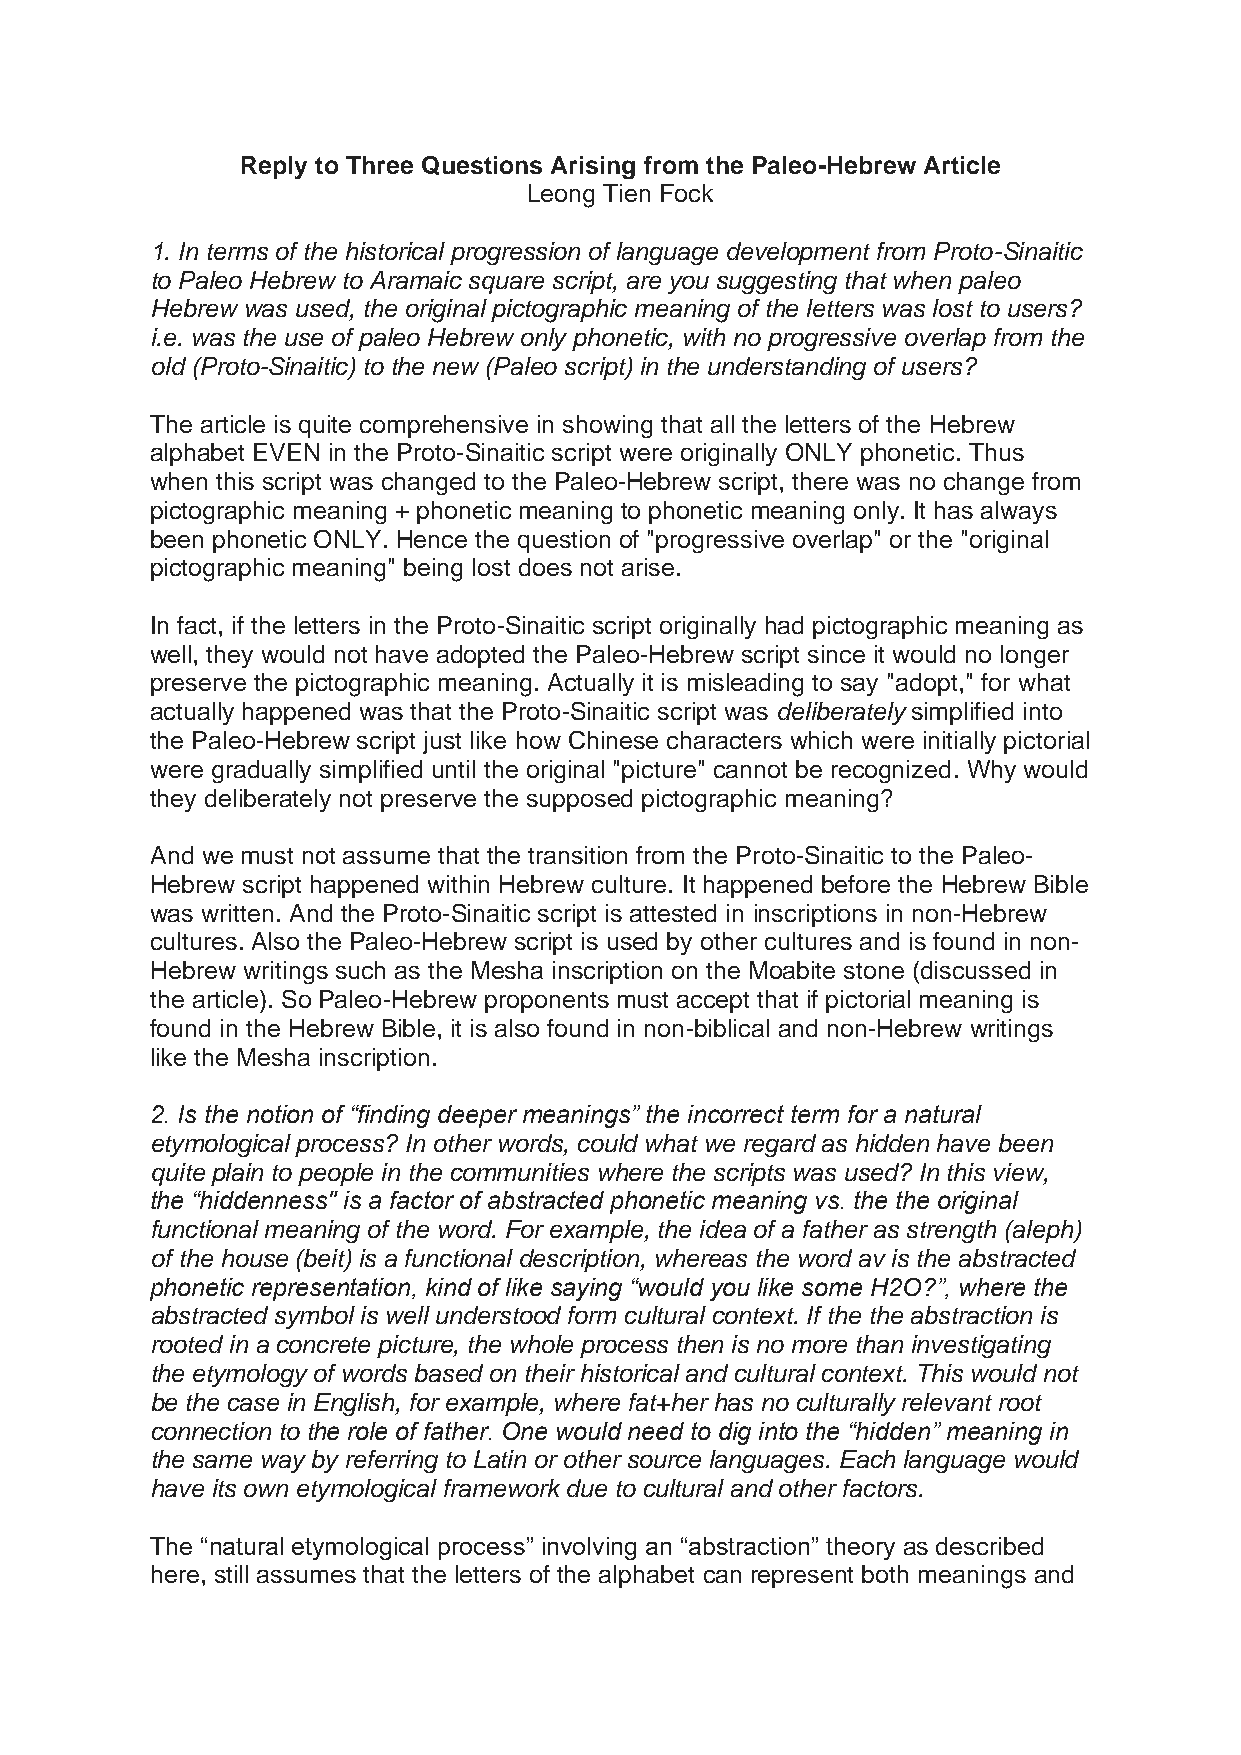
Reply to Three Questions Arising from the Paleo-Hebrew Article
 Leong Tien Fock
 1. In terms of the historical progression of language development from Proto-Sinaitic
 to Paleo Hebrew to Aramaic square script, are you suggesting that when paleo
 Hebrew was used, the original pictographic meaning of the letters was lost to users?
 i.e. was the use of paleo Hebrew only phonetic, with no progressive overlap from the
 old (Proto-Sinaitic) to the new (Paleo script) in the understanding of users?
 The article is quite comprehensive in showing that all the letters of the Hebrew
 alphabet EVEN in the Proto-Sinaitic script were originally ONLY phonetic. Thus
 when this script was changed to the Paleo-Hebrew script, there was no change from
 pictographic meaning + phonetic meaning to phonetic meaning only. It has always
 been phonetic ONLY. Hence the question of "progressive overlap" or the "original
 pictographic meaning" being lost does not arise.
 In fact, if the letters in the Proto-Sinaitic script originally had pictographic meaning as
 well, they would not have adopted the Paleo-Hebrew script since it would no longer
 preserve the pictographic meaning. Actually it is misleading to say "adopt," for what
 actually happened was that the Proto-Sinaitic script was deliberately simplified into
 the Paleo-Hebrew script just like how Chinese characters which were initially pictorial
 were gradually simplified until the original "picture" cannot be recognized. Why would
 they deliberately not preserve the supposed pictographic meaning?
 And we must not assume that the transition from the Proto-Sinaitic to the Paleo-
 Hebrew script happened within Hebrew culture. It happened before the Hebrew Bible
 was written. And the Proto-Sinaitic script is attested in inscriptions in non-Hebrew
 cultures. Also the Paleo-Hebrew script is used by other cultures and is found in non-
 Hebrew writings such as the Mesha inscription on the Moabite stone (discussed in
 the article). So Paleo-Hebrew proponents must accept that if pictorial meaning is
 found in the Hebrew Bible, it is also found in non-biblical and non-Hebrew writings
 like the Mesha inscription.
 2. Is the notion of “finding deeper meanings” the incorrect term for a natural
 etymological process? In other words, could what we regard as hidden have been
 quite plain to people in the communities where the scripts was used? In this view,
 the “hiddenness" is a factor of abstracted phonetic meaning vs. the the original
 functional meaning of the word. For example, the idea of a father as strength (aleph)
 of the house (beit) is a functional description, whereas the word av is the abstracted
 phonetic representation, kind of like saying “would you like some H2O?”, where the
 abstracted symbol is well understood form cultural context. If the the abstraction is
 rooted in a concrete picture, the whole process then is no more than investigating
 the etymology of words based on their historical and cultural context. This would not
 be the case in English, for example, where fat+her has no culturally relevant root
 connection to the role of father. One would need to dig into the “hidden” meaning in
 the same way by referring to Latin or other source languages. Each language would
 have its own etymological framework due to cultural and other factors.
 The “natural etymological process” involving an “abstraction” theory as described
 here, still assumes that the letters of the alphabet can represent both meanings and